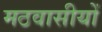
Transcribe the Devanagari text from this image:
मठवासीयों